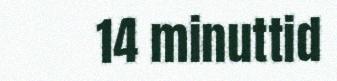
14 minuttid